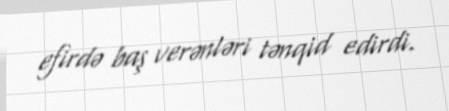
efirdə baş verənləri tənqid edirdi.